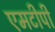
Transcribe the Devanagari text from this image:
एमटीपी